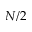
N / 2